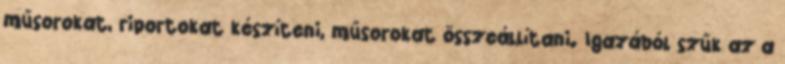
műsorokat, riportokat készíteni, műsorokat összeállítani. Igazából szűk az a